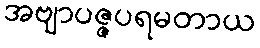
အဗျာပဇ္ဇပရမတာယ